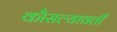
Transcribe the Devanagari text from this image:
कौसल्यावती